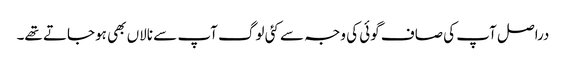
دراصل آپ کی صاف گوئی کی وجہ سے کئی لوگ آپ سے نالاں بھی ہوجاتے تھے۔